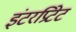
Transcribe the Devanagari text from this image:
इंटरप्रिटेट